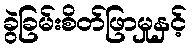
ခွဲခြမ်းစိတ်ဖြာမှုနှင့်